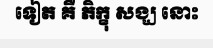
ទៀត គឺ ភិក្ខុ សង្ឃ នោះ